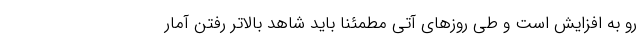
رو به افزایش است و طی روزهای آتی مطمئنا باید شاهد بالاتر رفتن آمار